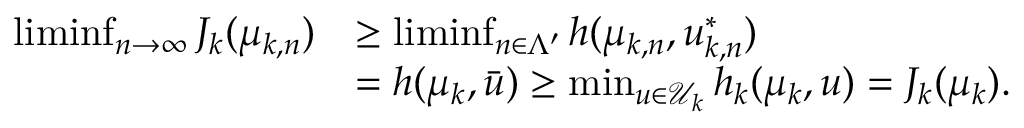
\begin{array} { r l } { \operatorname* { l i m i n f } _ { n \to \infty } J _ { k } ( \mu _ { k , n } ) } & { \geq \operatorname* { l i m i n f } _ { n \in \Lambda ^ { \prime } } h ( \mu _ { k , n } , u _ { k , n } ^ { \ast } ) } \\ & { = h ( \mu _ { k } , \bar { u } ) \geq \operatorname* { m i n } _ { u \in \mathcal { U } _ { k } } h _ { k } ( \mu _ { k } , u ) = J _ { k } ( \mu _ { k } ) . } \end{array}